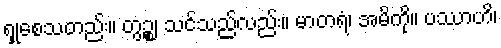
ရှုစေသတည်း။ တွဉ္စ၊ သင်သည်လည်း။ မာတရံ၊ အမိကို။ ပဿာဟိ၊